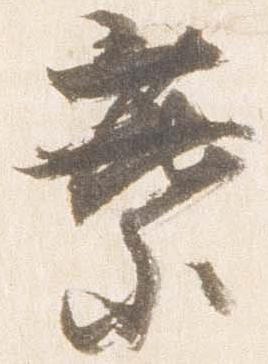
葉